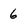
Character: 6